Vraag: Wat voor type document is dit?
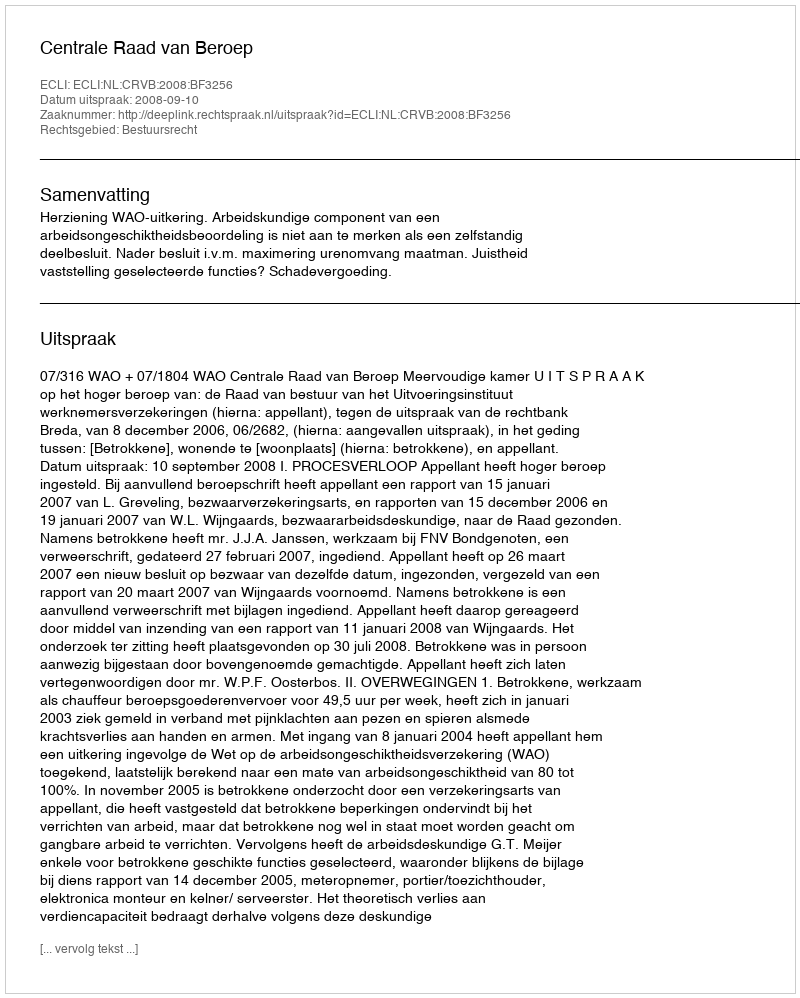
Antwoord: Uitspraak